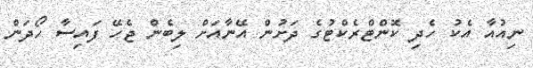
ނިއުއާ އެކު ހެދި ކޮންޓްރެކްޓުގެ ދަށުން އޭނާއަށް ލިބެން ޖެހޭ ފައިސާ ހޯދަން